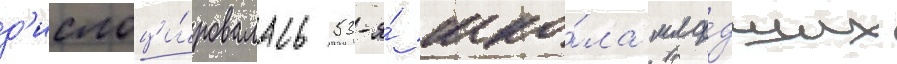
д'ислоци́ровалась 53-я́ шко́ла мла́дших